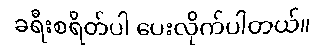
ခရီးစရိတ်ပါ ပေးလိုက်ပါတယ်။